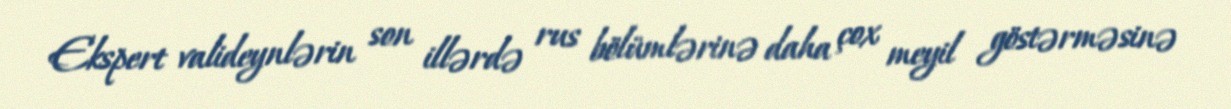
Ekspert valideynlərin son illərdə rus bölümlərinə daha çox meyil göstərməsinə